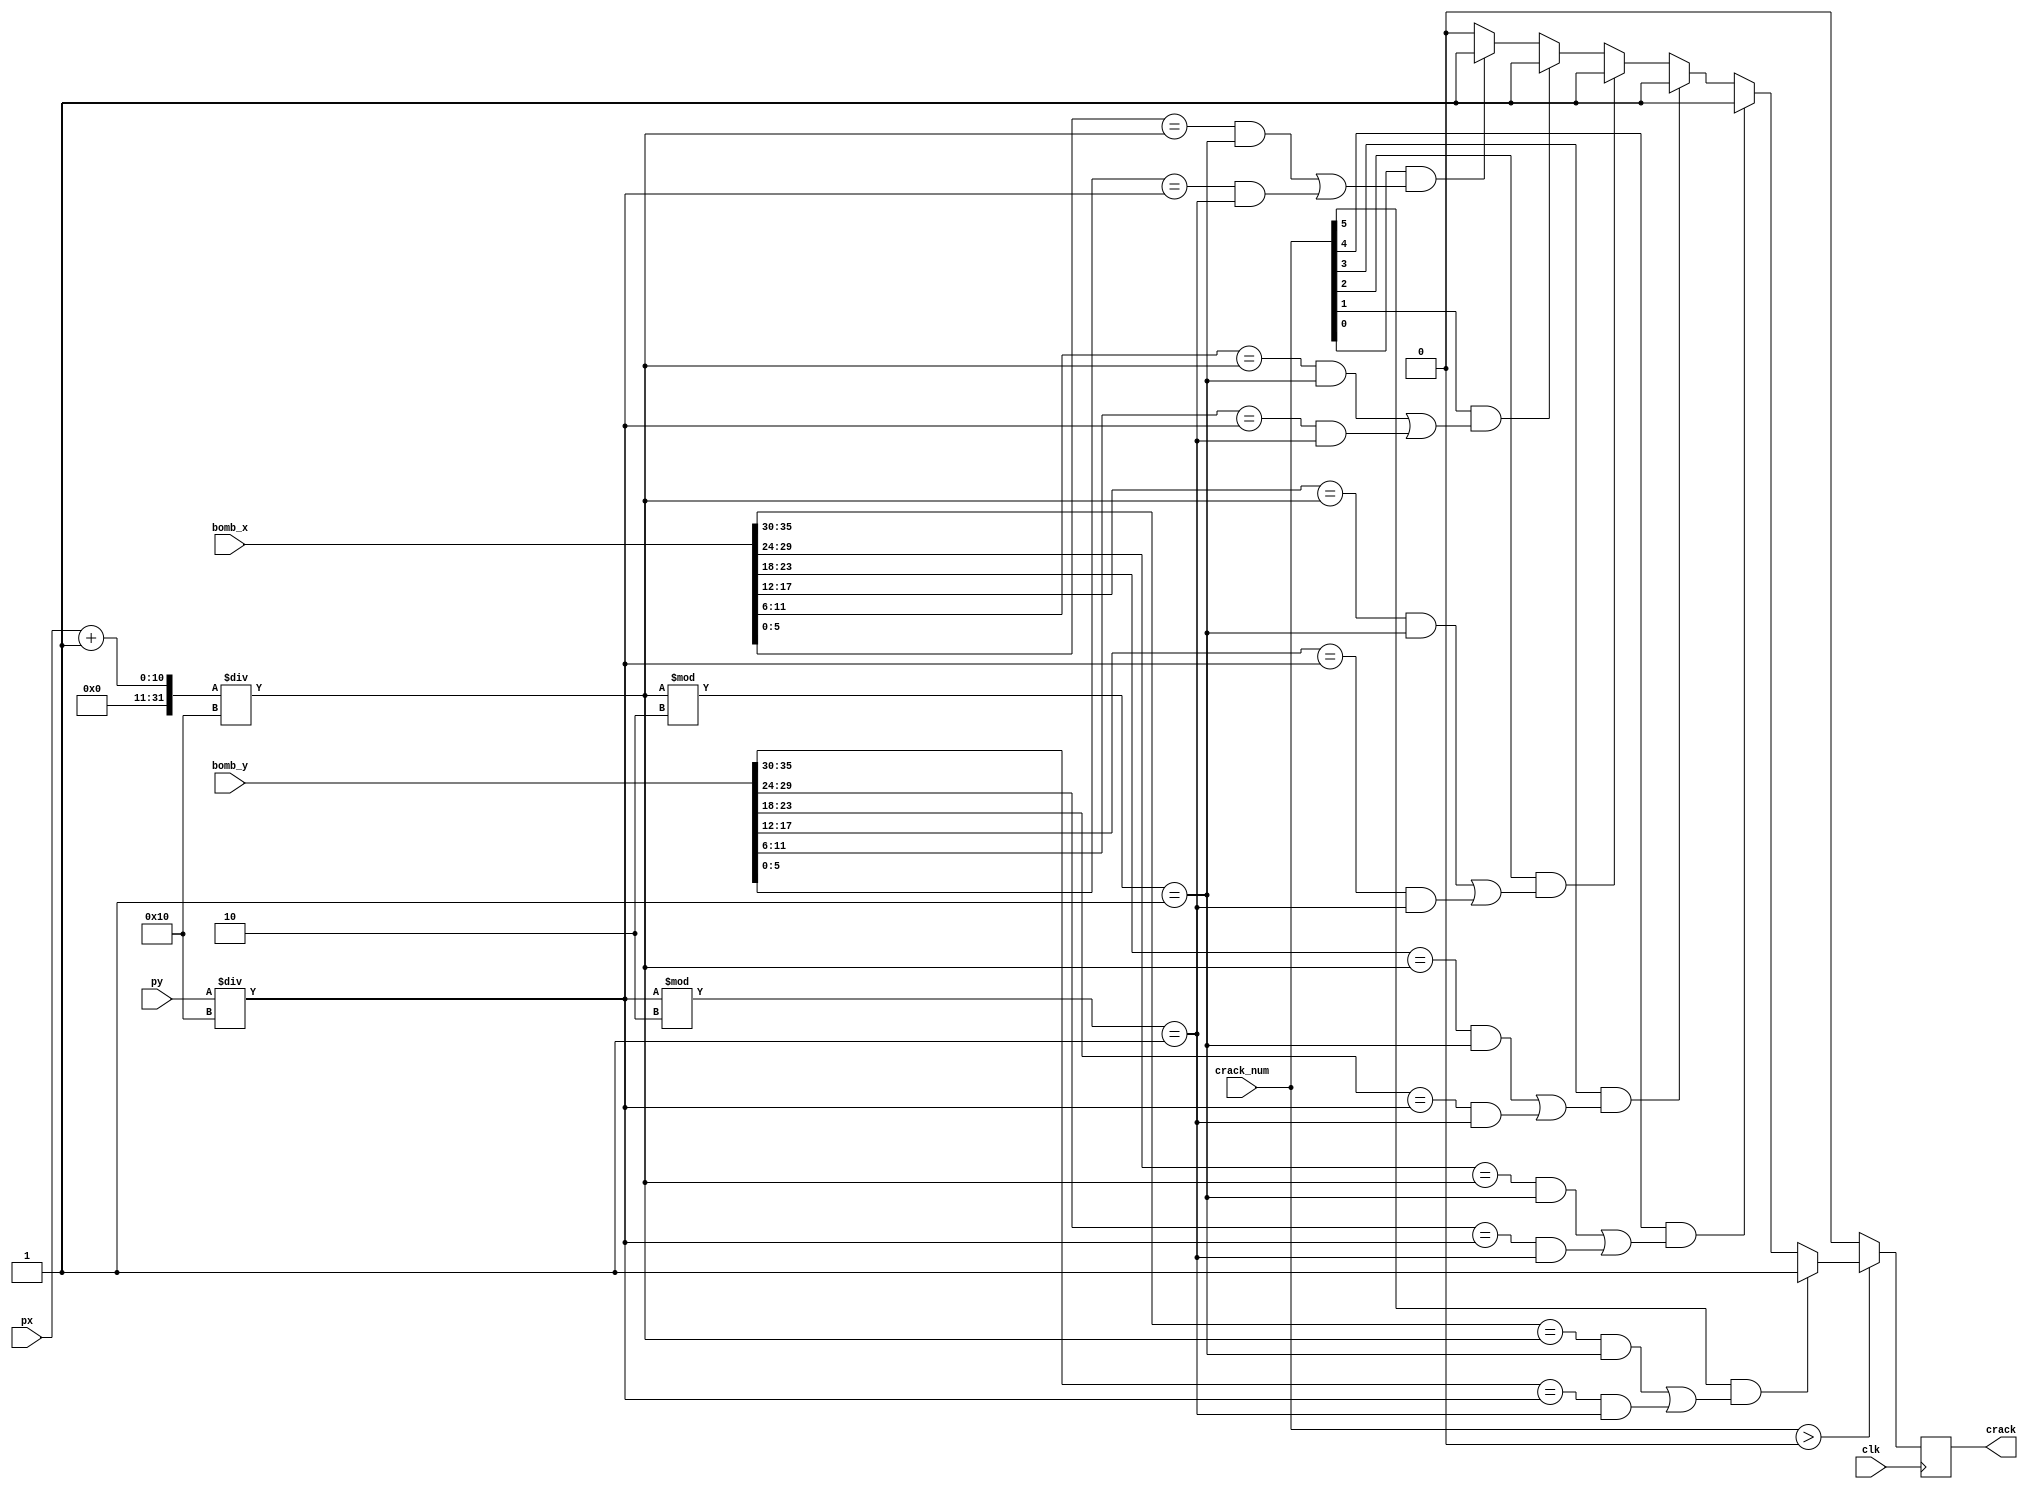
`timescale 1ns / 1ps
//////////////////////////////////////////////////////////////////////////////////
// Company: 
// Engineer: 
// 
// Design Name: 
// Module Name:    crack_signal 
// Project Name: 
// Target Devices: 
// Tool versions: 
// Description: 
//
// Dependencies: 
//
// Revision: 
// Revision 0.01 - File Created
// Additional Comments: 
//
//////////////////////////////////////////////////////////////////////////////////
module crack_signal(
	input wire clk,
	input wire [1:36] bomb_x, bomb_y,
	input wire [1:6] crack_num,
	input wire [9:0] px, py,
	output wire crack
);
	reg crack_on;
	initial crack_on = 0;
	parameter block_width = 16;
	parameter offset = 1;
	always @(posedge clk) begin
		if (crack_num>0) begin
			if (crack_num[1] && ((bomb_x[1:6]==(px+offset)/block_width && (px+offset)/block_width%2==1)
			|| (bomb_y[1:6]==py/block_width && (py/block_width%2==1))))
				crack_on = 1;
			else if (crack_num[2] && ((bomb_x[7:12]==(px+offset)/block_width && (px+offset)/block_width%2==1)
			|| (bomb_y[7:12]==py/block_width && (py/block_width%2==1))))
				crack_on = 1;
			else if (crack_num[3] && ((bomb_x[13:18]==(px+offset)/block_width && (px+offset)/block_width%2==1)
			|| (bomb_y[13:18]==py/block_width && (py/block_width%2==1))))
				crack_on = 1;
			else if (crack_num[4] && ((bomb_x[19:24]==(px+offset)/block_width && (px+offset)/block_width%2==1)
			|| (bomb_y[19:24]==py/block_width && (py/block_width%2==1))))
				crack_on = 1;
			else if (crack_num[5] && ((bomb_x[25:30]==(px+offset)/block_width && (px+offset)/block_width%2==1)
			|| (bomb_y[25:30]==py/block_width && (py/block_width%2==1)))) 
				crack_on = 1;
			else if (crack_num[6] && ((bomb_x[31:36]==(px+offset)/block_width && (px+offset)/block_width%2==1)
			|| (bomb_y[31:36]==py/block_width && (py/block_width%2==1)))) 
				crack_on = 1;
			else crack_on = 0;
		end
		else crack_on = 0;
	end
	assign crack = crack_on;
endmodule